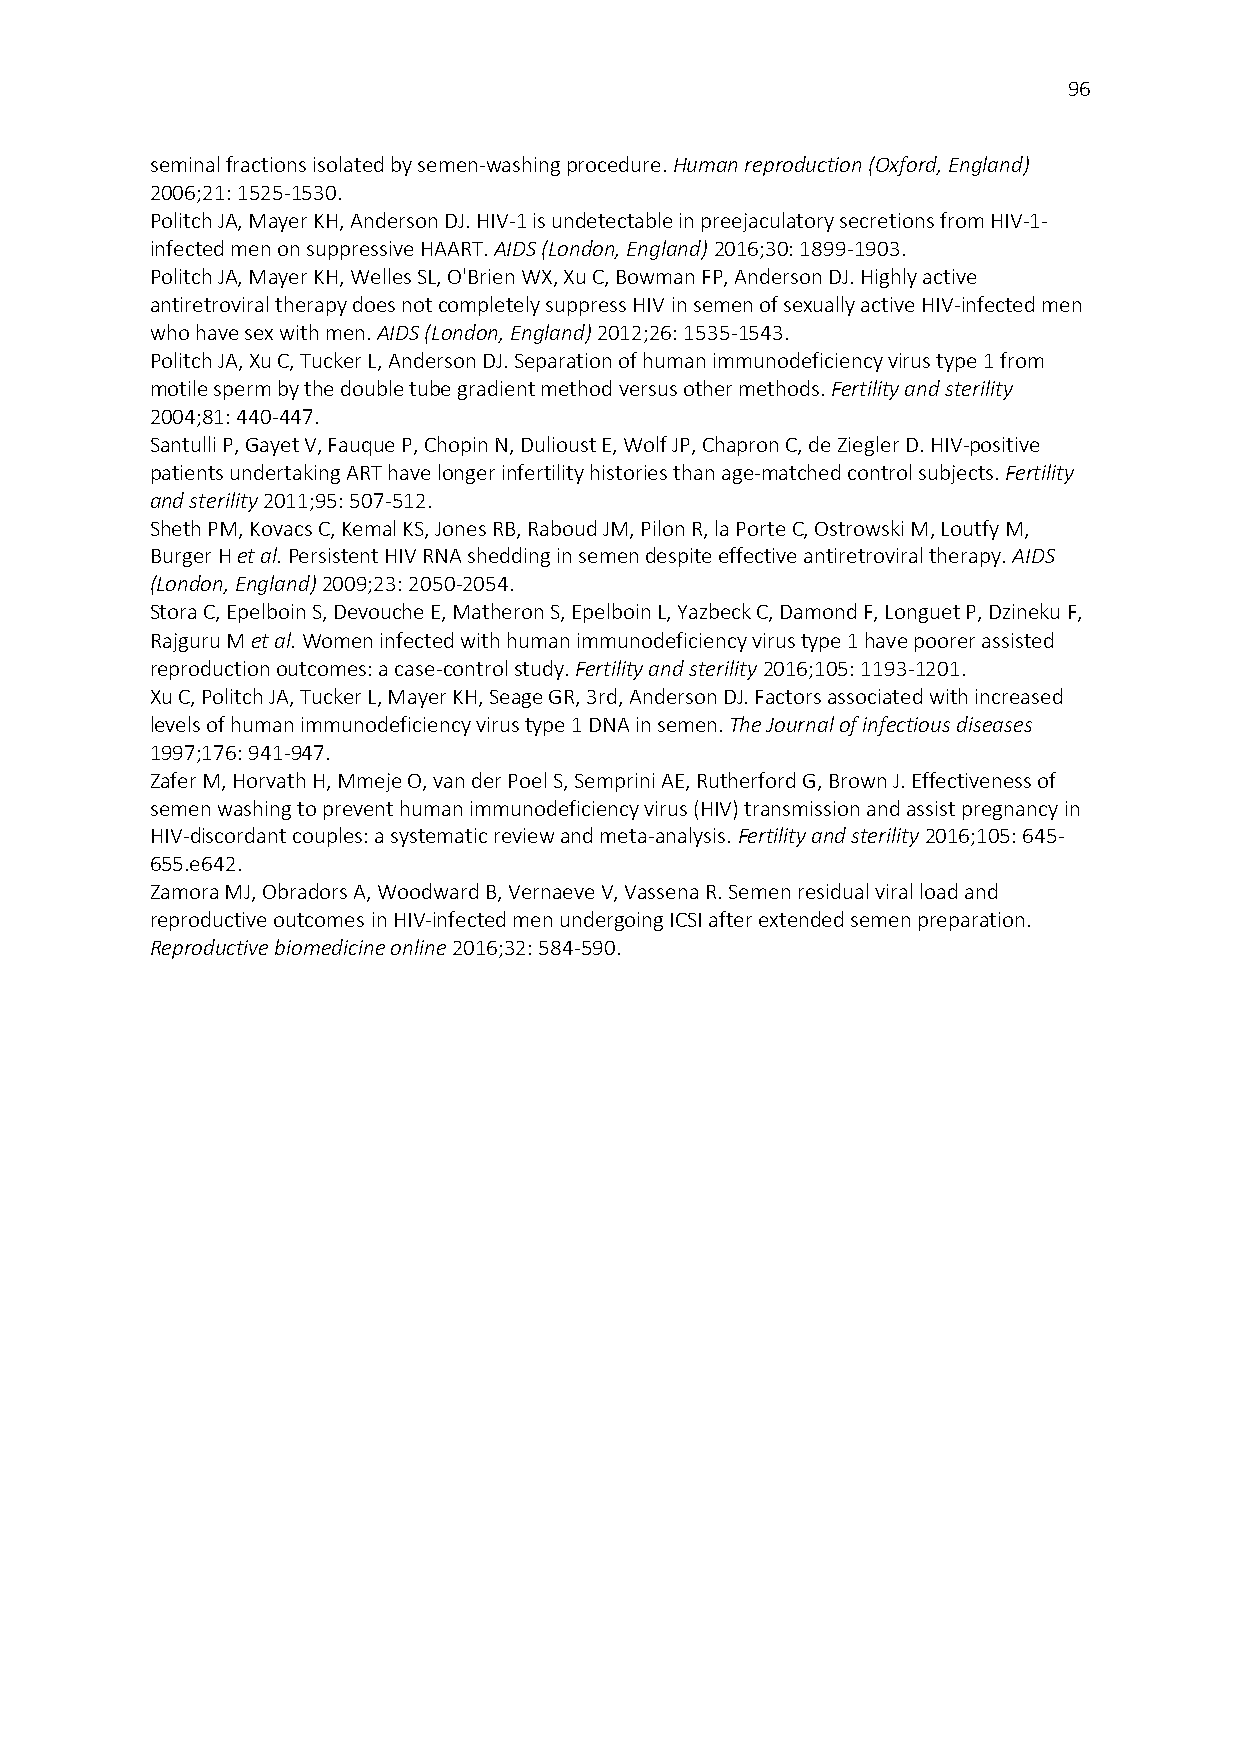
96
 seminal fractions isolated by semen-washing procedure. Human reproduction (Oxford, England)
 2006;21: 1525-1530.
 Politch JA, Mayer KH, Anderson DJ. HIV-1 is undetectable in preejaculatory secretions from HIV-1-
 infected men on suppressive HAART. AIDS (London, England) 2016;30: 1899-1903.
 Politch JA, Mayer KH, Welles SL, O'Brien WX, Xu C, Bowman FP, Anderson DJ. Highly active
 antiretroviral therapy does not completely suppress HIV in semen of sexually active HIV-infected men
 who have sex with men. AIDS (London, England) 2012;26: 1535-1543.
 Politch JA, Xu C, Tucker L, Anderson DJ. Separation of human immunodeficiency virus type 1 from
 motile sperm by the double tube gradient method versus other methods. Fertility and sterility
 2004;81: 440-447.
 Santulli P, Gayet V, Fauque P, Chopin N, Dulioust E, Wolf JP, Chapron C, de Ziegler D. HIV-positive
 patients undertaking ART have longer infertility histories than age-matched control subjects. Fertility
 and sterility 2011;95: 507-512.
 Sheth PM, Kovacs C, Kemal KS, Jones RB, Raboud JM, Pilon R, la Porte C, Ostrowski M, Loutfy M,
 Burger H et al. Persistent HIV RNA shedding in semen despite effective antiretroviral therapy. AIDS
 (London, England) 2009;23: 2050-2054.
 Stora C, Epelboin S, Devouche E, Matheron S, Epelboin L, Yazbeck C, Damond F, Longuet P, Dzineku F,
 Rajguru M et al. Women infected with human immunodeficiency virus type 1 have poorer assisted
 reproduction outcomes: a case-control study. Fertility and sterility 2016;105: 1193-1201.
 Xu C, Politch JA, Tucker L, Mayer KH, Seage GR, 3rd, Anderson DJ. Factors associated with increased
 levels of human immunodeficiency virus type 1 DNA in semen. The Journal of infectious diseases
 1997;176: 941-947.
 Zafer M, Horvath H, Mmeje O, van der Poel S, Semprini AE, Rutherford G, Brown J. Effectiveness of
 semen washing to prevent human immunodeficiency virus (HIV) transmission and assist pregnancy in
 HIV-discordant couples: a systematic review and meta-analysis. Fertility and sterility 2016;105: 645-
 655.e642.
 Zamora MJ, Obradors A, Woodward B, Vernaeve V, Vassena R. Semen residual viral load and
 reproductive outcomes in HIV-infected men undergoing ICSI after extended semen preparation.
 Reproductive biomedicine online 2016;32: 584-590.